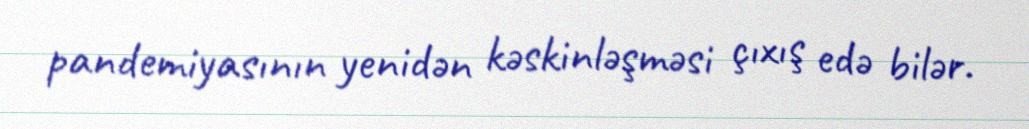
pandemiyasının yenidən kəskinləşməsi çıxış edə bilər.